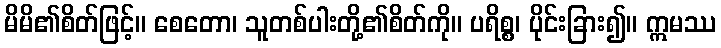
မိမိ၏စိတ်ဖြင့်။ စေတော၊ သူတစ်ပါးတို့၏စိတ်ကို။ ပရိစ္စ၊ ပိုင်းခြား၍။ ဣမဿ